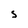
Character: S